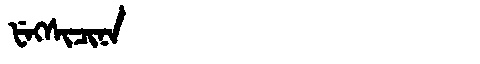
Manchu: ᡶᡝᡴᠰᡳᠴᡳᠨᠠ
Romanization: FEKSICINA